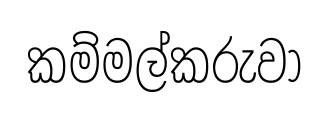
කම්මල්කරුවා